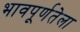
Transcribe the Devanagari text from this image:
भावपूर्णतेला